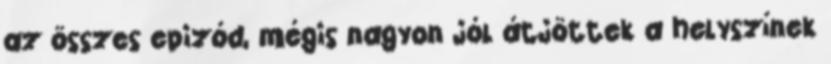
az összes epizód, mégis nagyon jól átjöttek a helyszínek